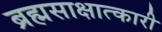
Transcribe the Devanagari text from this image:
ब्रह्मसाक्षात्कारी